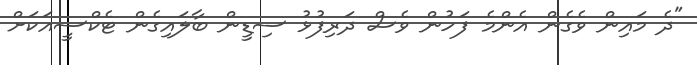
"ދެ މައިން ވެގެން އެންމެ ފަހުން ވެސް ދަރިފުޅު ސިޑީން ބާލައިގެން ޓެކްސީއަކަށް